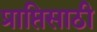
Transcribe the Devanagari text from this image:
प्राप्तिसाठी